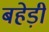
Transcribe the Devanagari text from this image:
बहेड़ी